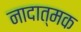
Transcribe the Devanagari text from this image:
नादात्मक